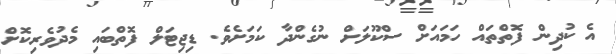
އެ ކުދިން ފޮތްތައް ހަމައަށް ސްކޫލަށް ނުގެންދާ ކަމަށެވެ. ޑިޖިޓަލް ފޮތްބައި މެދުވެރިކޮށް